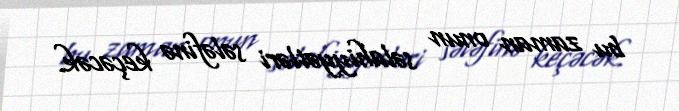
bu zaman onun səlahiyyətləri sələfinə keçəcək.